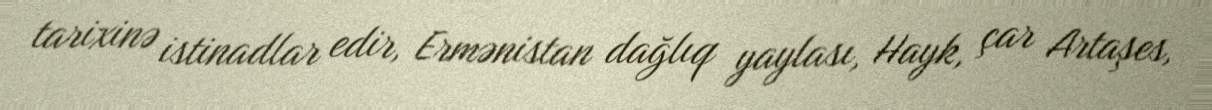
tarixinə istinadlar edir, Ermənistan dağlıq yaylası, Hayk, çar Artaşes,